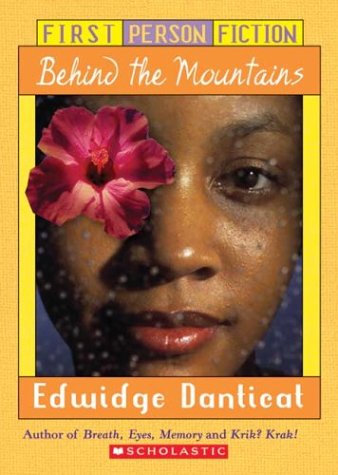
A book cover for First Person Fiction: Behind the Mountains; Edwidge Danticat; Teen & Young Adult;